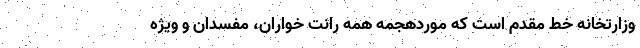
وزارتخانه خط مقدم است که موردهجمه همه رانت خواران، مفسدان و ویژه